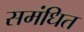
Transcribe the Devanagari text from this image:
समंधित